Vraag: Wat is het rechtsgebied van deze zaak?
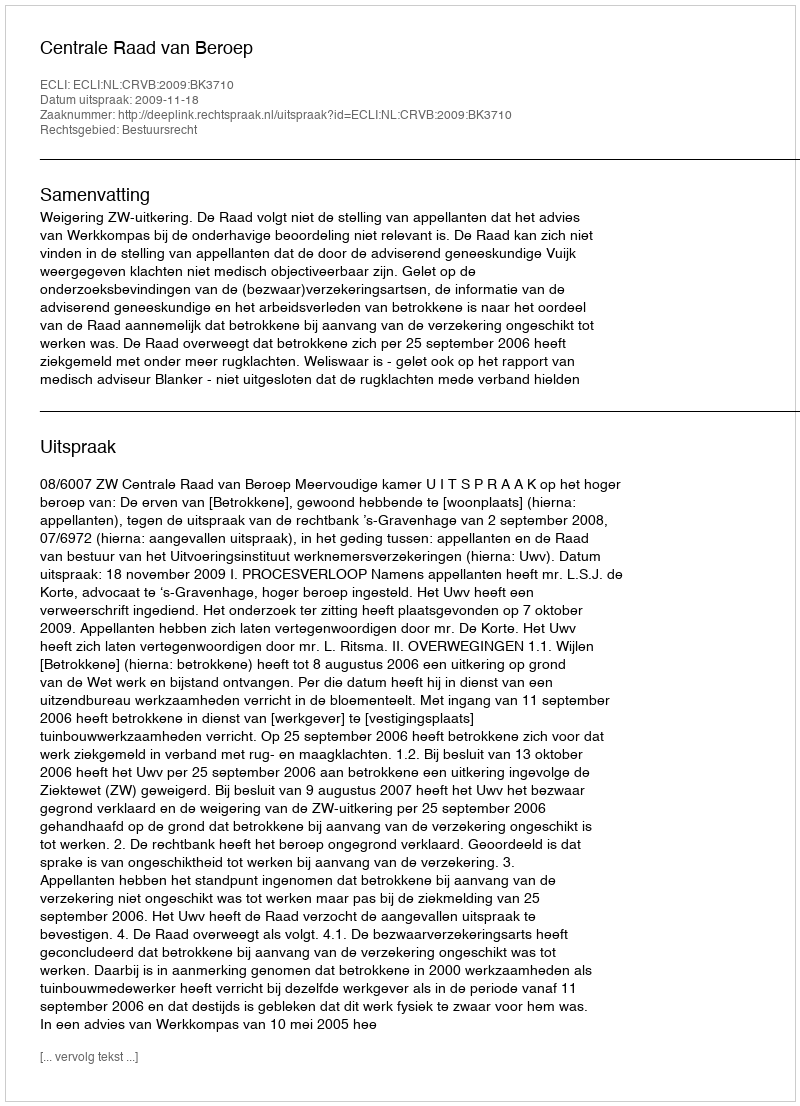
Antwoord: Bestuursrecht